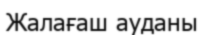
Жалағаш ауданы